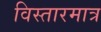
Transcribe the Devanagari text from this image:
विस्तारमात्र